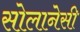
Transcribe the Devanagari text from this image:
सोलानेसी